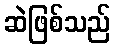
ဆဲဖြစ်သည်